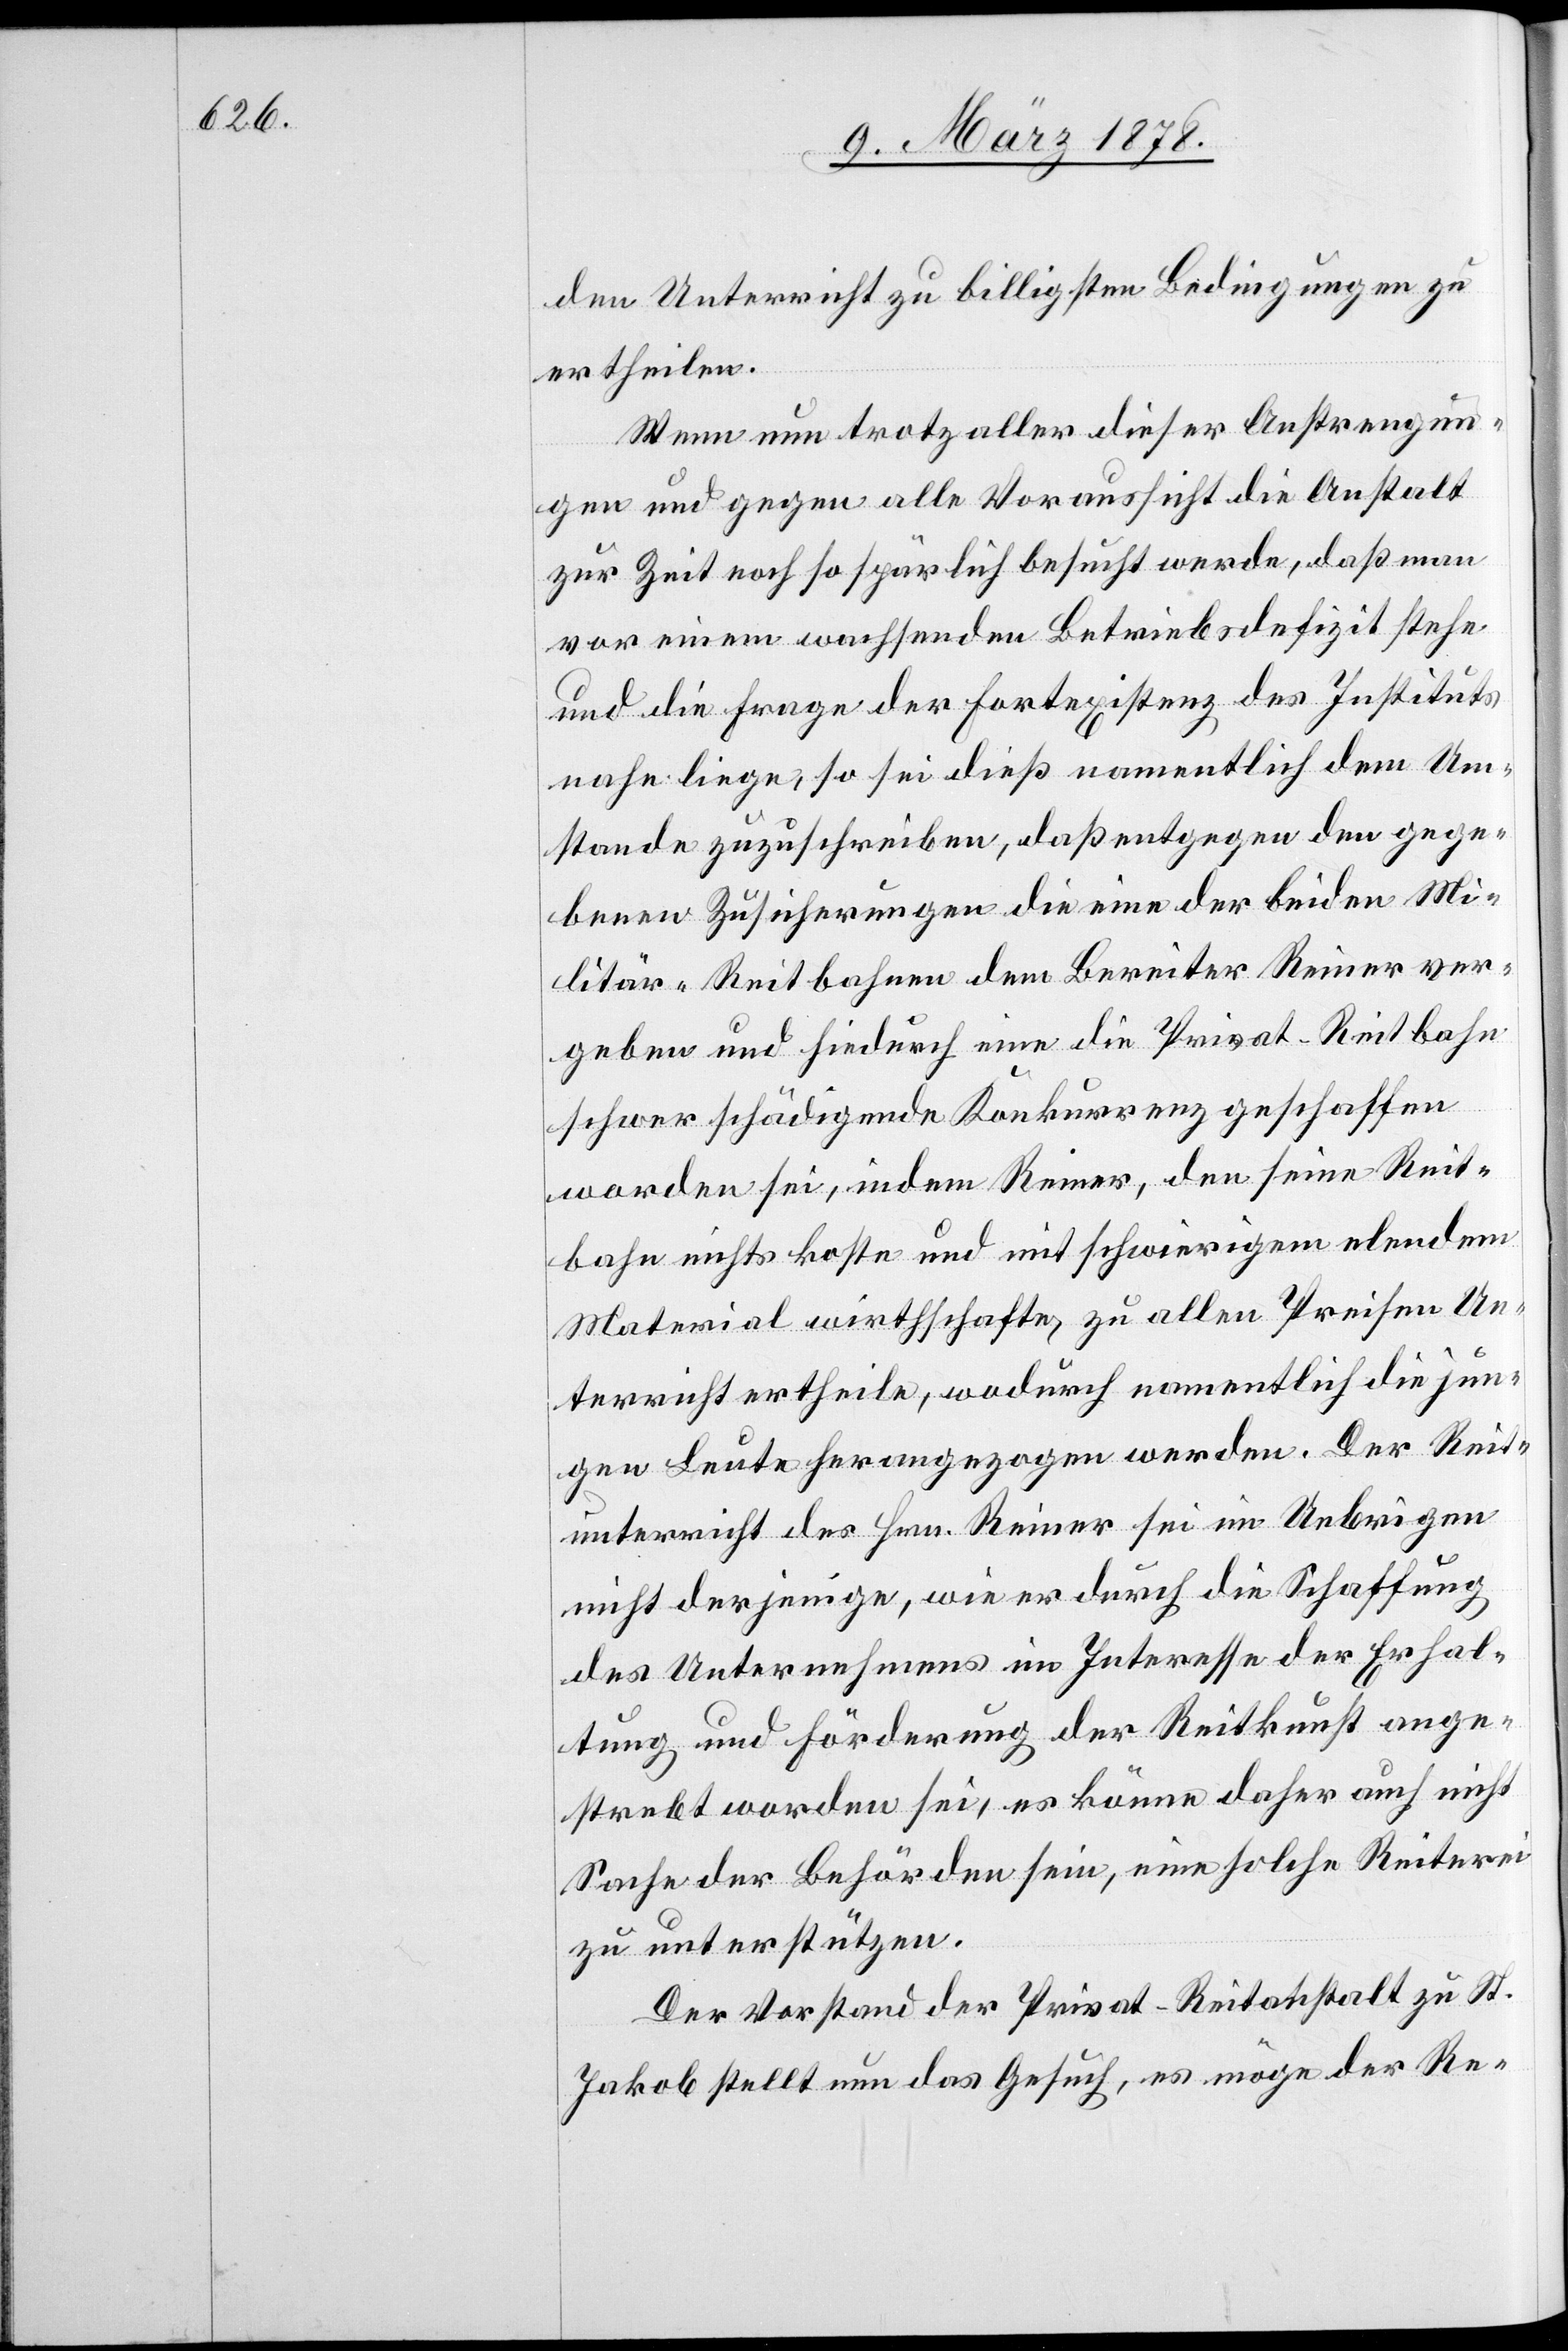
den Unterricht zu billigsten Bedingungen zu
ertheilen.
Wenn nun trotz aller dieser Anstrengun¬
gen und gegen alle Voraussicht die Anstalt
zur Zeit noch so spärlich besucht werde, daß man
vor einem wachsenden Betriebsdefizit stehe
und die Frage der Fortexistenz des Instituts
nahe liege, so sei dieß namentlich dem Um¬
stande zugeschrieben, daß entgegen den gege¬
benen Zusicherungen die eine der beiden Mi¬
litär-Reitbahnen dem Bereiter Reiner ver¬
geben und hiedurch eine die Privat-Reitbahn
schwer schädigende Konkurrenz geschaffen
worden sei, indem Reiner, den seine Reit¬
bahn nichts koste und mit schwierigem elendem
Material wirthschafte, zu allen Preisen Un¬
terricht ertheile, wodurch namentlich die jun¬
gen Leute herangezogen werden. Der Reit¬
unterricht des Hrn. Reiner sei im Uebrigen
nicht derjenige, wie er durch die Schaffung
des Unternehmens im Interesse der Erhal¬
tung und Förderung der Reitkunst ange¬
strebt worden sei, es könne daher auch nicht
Sache der Behörden sein, eine solche Reiterei
zu unterstützen.
Der Vorstand der Privat-Reitanstalt zu St.
Jakob stellt nun das Gesuch, es möge der Re-